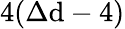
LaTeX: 4(\Delta\mathrm{d}-4)